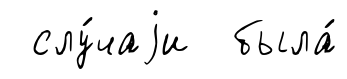
слу́чаjи была́